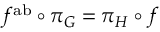
f ^ { \mathrm { a b } } \circ \pi _ { G } = \pi _ { H } \circ f